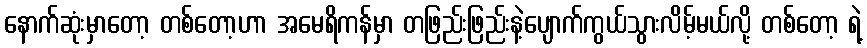
နောက်ဆုံးမှာတော့ တစ်တော့ဟာ အမေရိကန်မှာ တဖြည်းဖြည်းနဲ့ပျောက်ကွယ်သွားလိမ့်မယ်လို့ တစ်တော့ ရဲ့